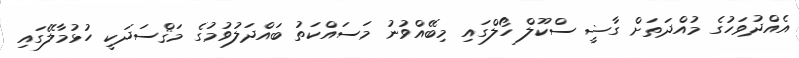
އެއްދުވަހުގެ މުއްދަތަށް ގާޟީ ސްކޫލް ހޯލްގައި މިބޭއްވުނު މަސައްކަތު ބައްދަލުވުމުގެ މަޤްސަދަކީ ހުޅުމާލޭގައި